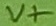
Text: V+